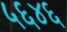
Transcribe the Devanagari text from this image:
५६४६